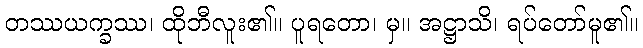
တဿယက္ခဿ၊ ထိုဘီလူး၏။ ပူရတော၊ မှ။ အဋ္ဌာသိ၊ ရပ်တော်မူ၏။